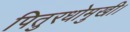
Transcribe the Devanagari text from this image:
पितुरधोमुखी।